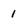
Character: 1